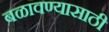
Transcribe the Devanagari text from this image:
बळावण्यासाठी